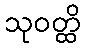
သုဝတ္ထိ